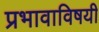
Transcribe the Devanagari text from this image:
प्रभावाविषयी